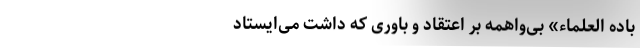
بَادِهِ الْعُلَمَاء» بی‌واهمه بر اعتقاد و باوری که داشت می‌ایستاد